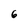
Character: 6